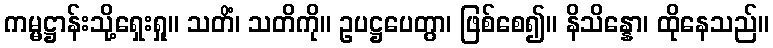
ကမ္မဋ္ဌာန်းသို့ရှေးရှု။ သတိံ၊ သတိကို။ ဥပဋ္ဌပေတွာ၊ ဖြစ်စေ၍။ နိသိန္နော၊ ထိုနေသည်။